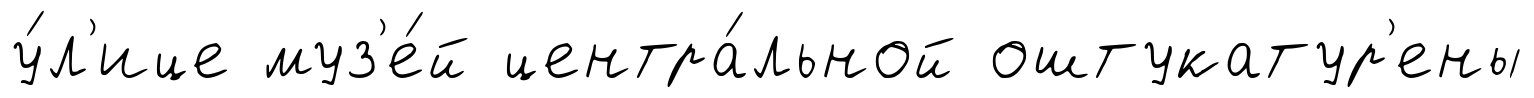
у́л'ице муз'е́й центра́льной оштукатур'ены